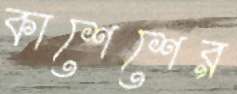
কাশেশের